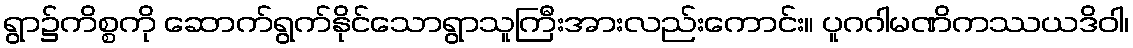
ရွာ၌ကိစ္စကို ဆောက်ရွက်နိုင်သောရွာသူကြီးအားလည်းကောင်း။ ပူဂဂါမဏိကဿယဒိဝါ၊